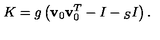
K = g \left( { \bf v } _ { 0 } { \bf v } _ { 0 } ^ { T } - I - { } _ { S } I \right) .